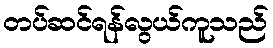
တပ်ဆင်ရန်လွယ်ကူသည်